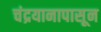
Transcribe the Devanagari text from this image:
चंद्रयानापासून